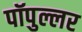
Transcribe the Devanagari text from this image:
पॉपुल्लर